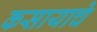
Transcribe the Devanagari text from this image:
कसायाचे